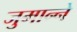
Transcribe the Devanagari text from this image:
जुमान्ने